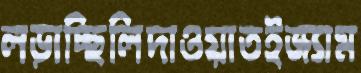
লড়াচ্ছিলিদাওয়াতইজ্যাম